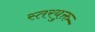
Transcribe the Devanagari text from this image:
स्तरयुक्त